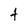
Character: t